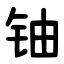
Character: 铀